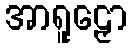
အာရူဠှော